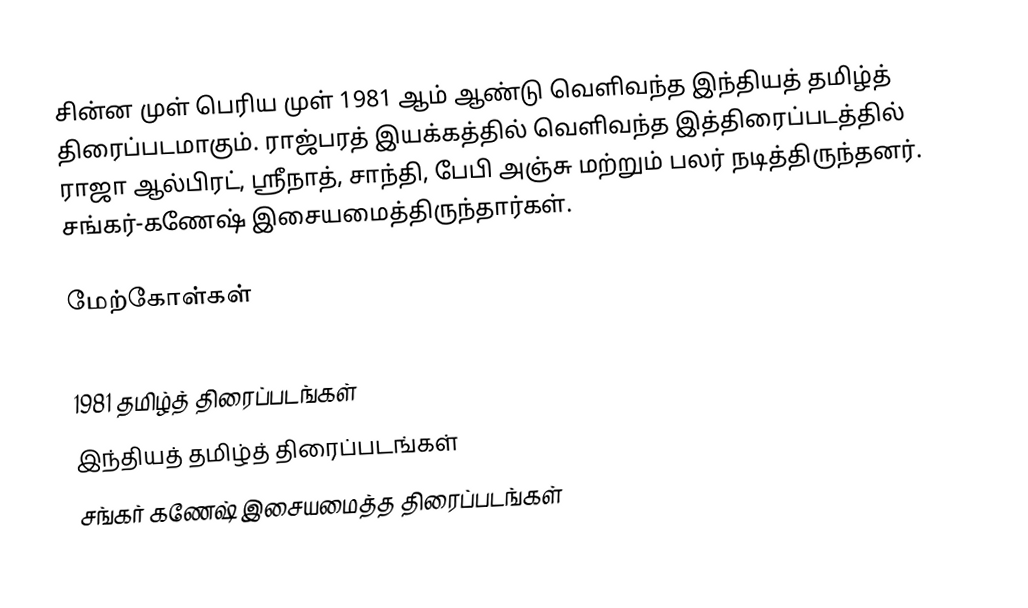
சின்ன முள் பெரிய முள் 1981 ஆம் ஆண்டு வெளிவந்த இந்தியத் தமிழ்த் திரைப்படமாகும். ராஜ்பரத் இயக்கத்தில் வெளிவந்த இத்திரைப்படத்தில் ராஜா ஆல்பிரட், ஸ்ரீநாத், சாந்தி, பேபி அஞ்சு மற்றும் பலர் நடித்திருந்தனர். சங்கர்-கணேஷ் இசையமைத்திருந்தார்கள்.

மேற்கோள்கள்

1981 தமிழ்த் திரைப்படங்கள்
இந்தியத் தமிழ்த் திரைப்படங்கள்
சங்கர் கணேஷ் இசையமைத்த திரைப்படங்கள்